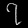
Digit: ၇